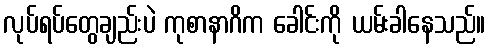
လုပ်ရပ်တွေချည်းပဲ ကုစာနာဂိက ခေါင်းကို ယမ်းခါနေသည်။